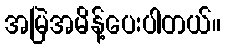
အမြဲအမိန့်ပေးပါတယ်။